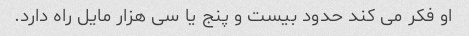
او فکر می کند حدود بیست و پنج یا سی هزار مایل راه دارد.